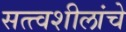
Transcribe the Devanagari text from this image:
सत्त्वशीलांचे